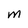
Character: M